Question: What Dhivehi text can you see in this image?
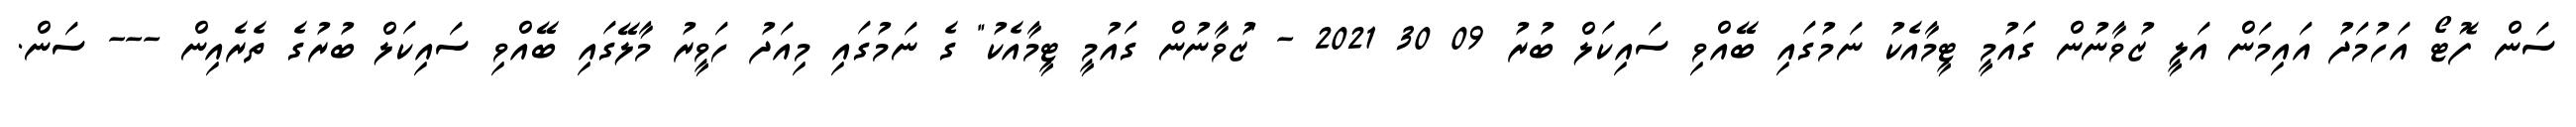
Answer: ސަން ފޮޓޯ އަހުމަދު އައިމަން އަލީ ޒުވާނުން ގައުމީ ޓީމާއެކު ނަމުގައި ބޭއްވި ސައިކަލް ބުރު 09 30 2021 - "ޒުވާނުން ގައުމީ ޓީމާއެކު" ގެ ނަމުގައި މިއަދު ހަވީރު މާލޭގައި ބޭއްވި ސައިކަލް ބުރުގެ ތެރެއިން --- ސަން.